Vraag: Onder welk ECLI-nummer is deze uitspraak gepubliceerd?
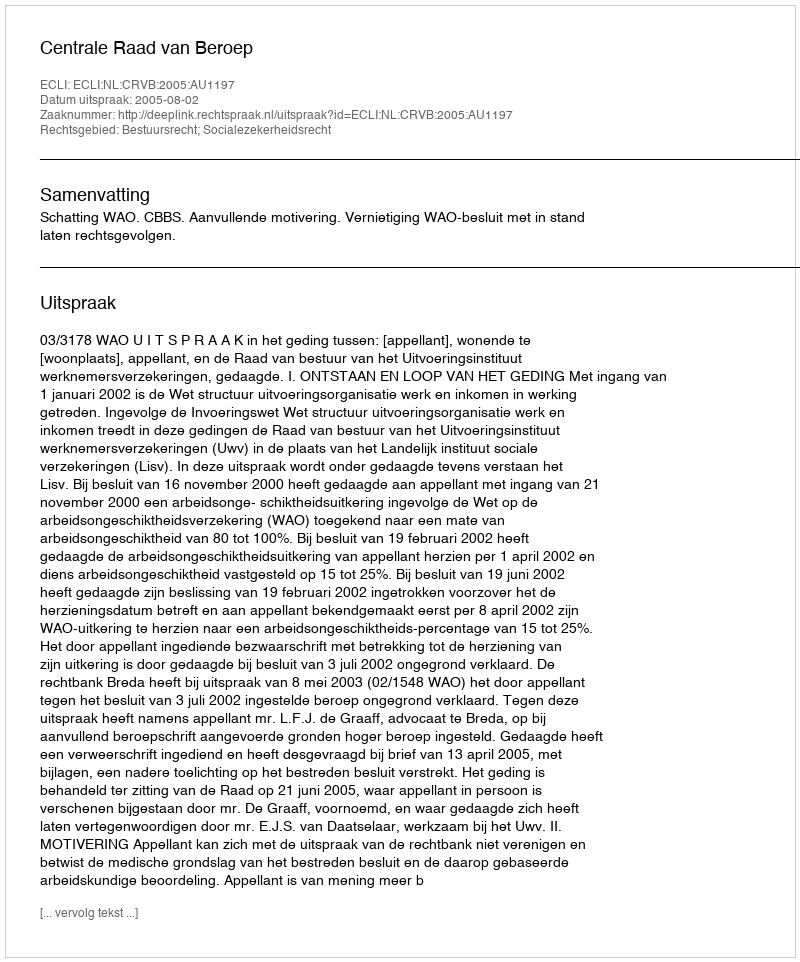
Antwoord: ECLI:NL:CRVB:2005:AU1197